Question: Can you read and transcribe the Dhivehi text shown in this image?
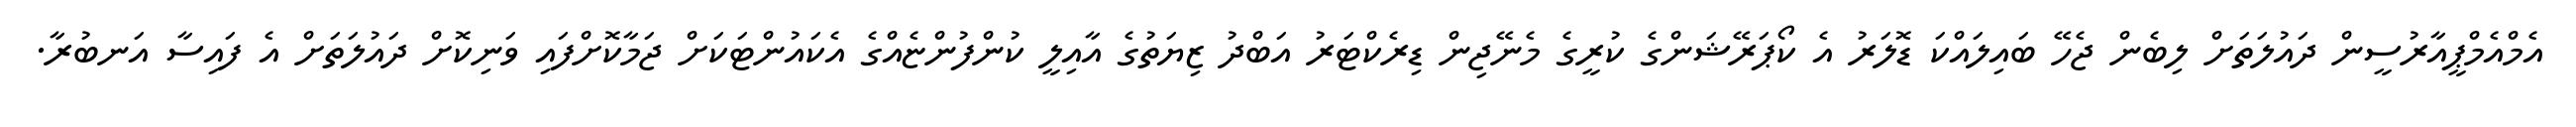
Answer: އެމްއެމްޕީއާރުސީން ދައުލަތަށް ލިބެން ޖެހޭ ބައިލައްކަ ޑޮލަރު އެ ކޯޕަރޭޝަންގެ ކުރީގެ މެނޭޖިން ޑިރެކްޓަރު އަބްދު ޒިޔަތުގެ އާއިލީ ކުންފުންޏެއްގެ އެކައުންޓަކަށް ޖަމާކޮށްފައި ވަނިކޮށް ދައުލަތަށް އެ ފައިސާ އަނބުރާ.